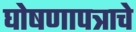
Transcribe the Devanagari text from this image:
घोषणापत्राचे